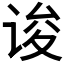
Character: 𰵯